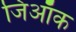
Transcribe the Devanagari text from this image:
जिऑक